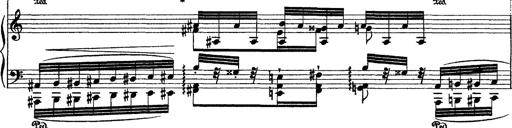
Title: Grande fantasie di bravura sur La clochette
Composer: Franz Liszt
Key: A minor